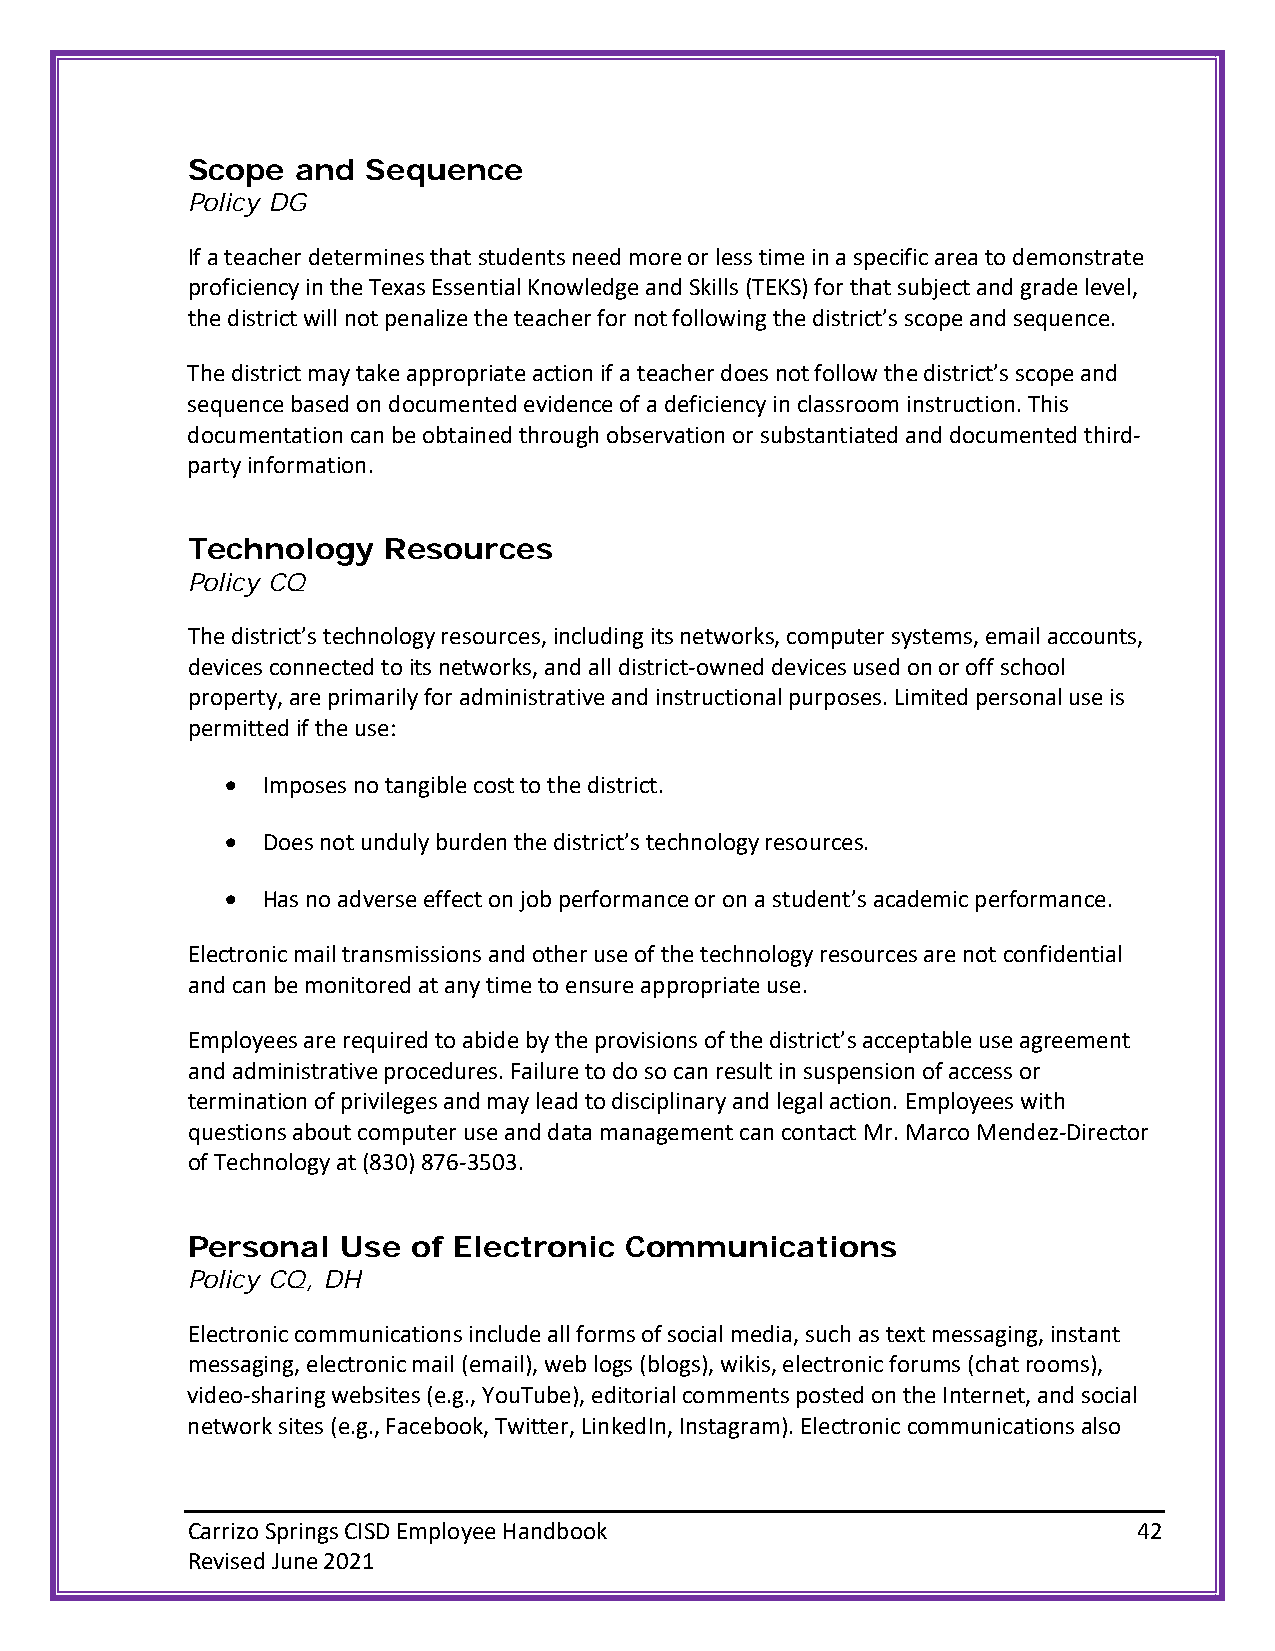
Scope   and Sequence
 Policy DG
 If a teacher determines that students need more or less time in a specific area to demonstrate
 proficiency in the Texas Essential Knowledge and Skills (TEKS) for that subject and grade level,
 the district will not penalize the teacher for not following the district’s scope and sequence.
 The district may take appropriate action if a teacher does not follow the district’s scope and
 sequence based on documented evidence of a deficiency in classroom instruction. This
 documentation can be obtained through observation or substantiated and documented third-
 party information.
 Technology   Resources
 Policy CQ
 The district’s technology resources, including its networks, computer systems, email accounts,
 devices connected to its networks, and all district-owned devices used on or off school
 property, are primarily for administrative and instructional purposes. Limited personal use is
 permitted if the use:
 • Imposes no tangible cost to the district.
 • Does not unduly burden the district’s technology resources.
 • Has no adverse effect on job performance or on a student’s academic performance.
 Electronic mail transmissions and other use of the technology resources are not confidential
 and can be monitored at any time to ensure appropriate use.
 Employees are required to abide by the provisions of the district’s acceptable use agreement
 and administrative procedures. Failure to do so can result in suspension of access or
 termination of privileges and may lead to disciplinary and legal action. Employees with
 questions about computer use and data management can contact Mr. Marco Mendez-Director
 of Technology at (830) 876-3503.
 Personal   Use of Electronic Communications
 Policy CQ, DH
 Electronic communications include all forms of social media, such as text messaging, instant
 messaging, electronic mail (email), web logs (blogs), wikis, electronic forums (chat rooms),
 video-sharing websites (e.g., YouTube), editorial comments posted on the Internet, and social
 network sites (e.g., Facebook, Twitter, LinkedIn, Instagram). Electronic communications also
 Carrizo Springs CISD Employee Handbook                         42
 Revised June 2021